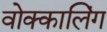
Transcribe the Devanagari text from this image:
वोक्कालिंग